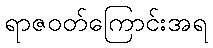
ရာဇဝတ်ကြောင်းအရ